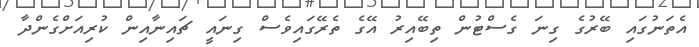
އެތަނުގައި ބޭރުގެ ގިނަ ގެސްޓުން ތިބޭއިރު އޭގެ ތެރޭގައިވެސް ގިނައީ ޗައިނާއިން ކުރިއަށްގެންދާ